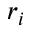
r _ { i }